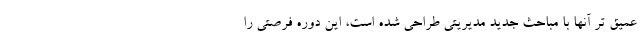
عمیق تر آنها با مباحث جدید مدیریتی طراحی شده است، این دوره فرصتی را